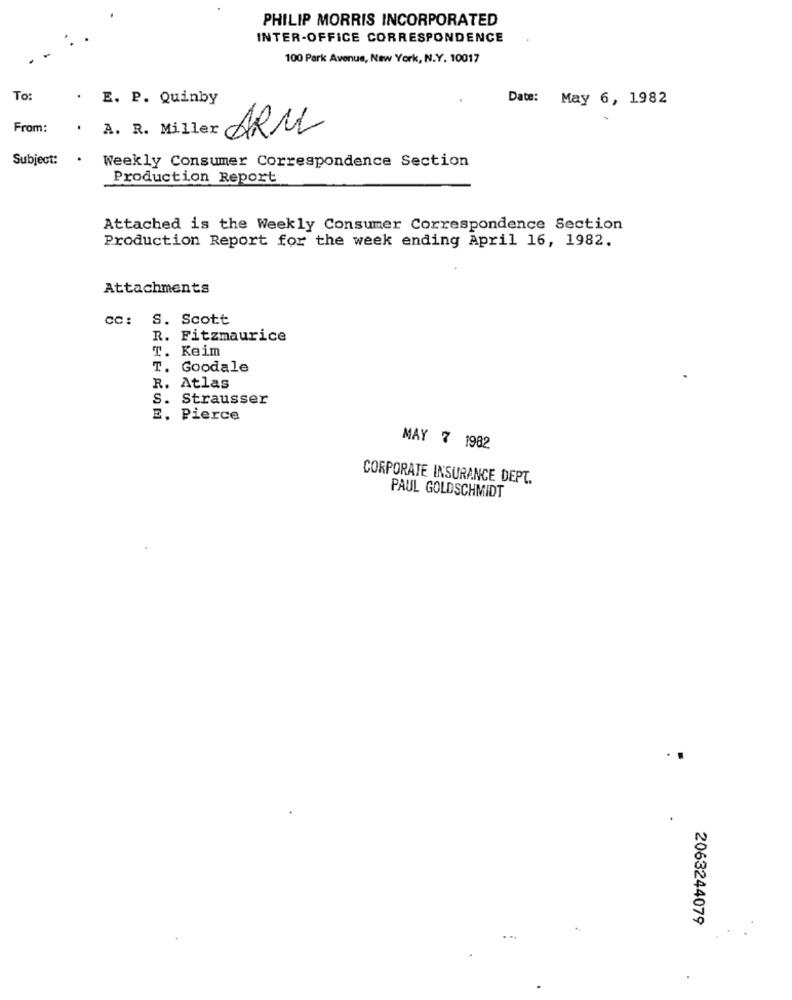
PHILIP MORRIS INCORPORATED
INTER-OFFICE CORRESPONDENCE
100 Park Avenue, New York, N.Y. 10017
To:
E. P. Quinby
Date: May 6, 1982
From:
.
ARM
Subject:
.
Weekly Consumer Correspondence Section
Production Report
Attached is the Weekly Consumer Correspondence Section
Production Report for the week ending April 16, 1982.
Attachments
cc: S. Scott
R. Fitzmaurice
T. Keim
T. Goodale
R. Atlas
S. Strausser
E. Pierce
MAY 7 1982
CORPORATE INSURANCE DEPT.
PAUL GOLDSCHMIDT
2063244079